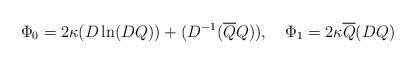
LaTeX: \begin{align*}\Phi_{0} = 2\kappa (D \ln (DQ)) + (D^{-1}(\overline{Q}Q)),\quad\Phi_{1} = 2\kappa \overline{Q} (DQ)\end{align*}